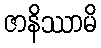
ဇာနိဿာမိ